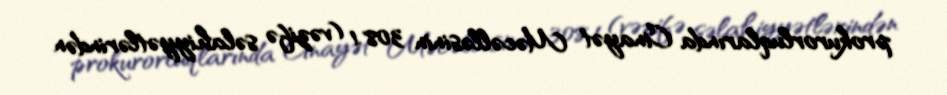
prokurorluqlarında Cinayət Məcəlləsinin 308.1 (vəzifə səlahiyyətlərindən